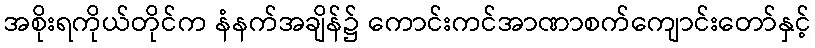
အစိုးရကိုယ်တိုင်က နံနက်အချိန်၌ ကောင်းကင်အာဏာစက်ကျောင်းတော်နှင့်